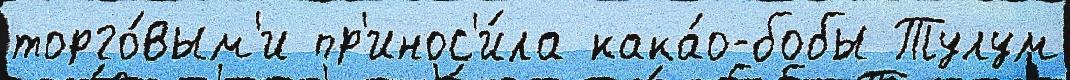
торго́вым'и пр'инос'и́ла кака́о-бобы Тулум